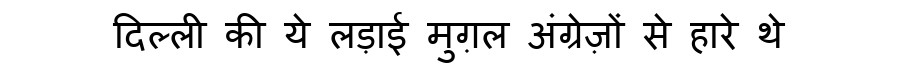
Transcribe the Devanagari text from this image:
दिल्ली की ये लड़ाई मुग़ल अंग्रेज़ों से हारे थे